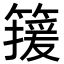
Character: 𬕯